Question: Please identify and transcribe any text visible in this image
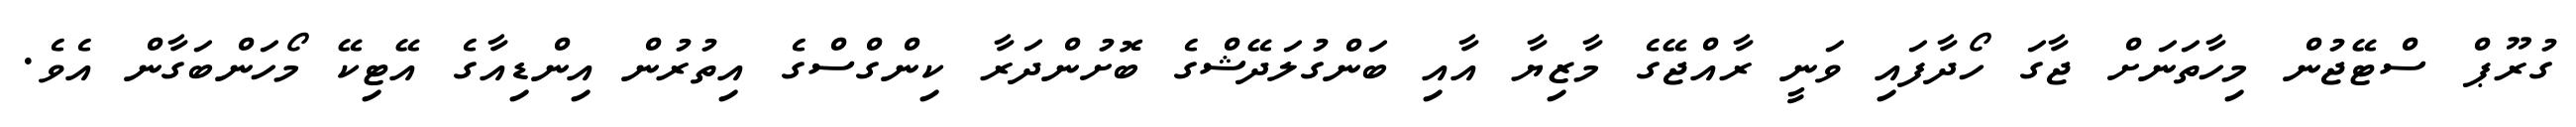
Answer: ގުރޫޕް ސްޓޭޖުން މިހާތަނަށް ޖާގަ ހޯދާފައި ވަނީ ރާއްޖޭގެ މާޒިޔާ އާއި ބަންގުލަދޭޝްގެ ބޮށުންދަރާ ކިންގްސްގެ އިތުރުން އިންޑިއާގެ އޭޓިކޭ މޯހަންބަގާން އެވެ.